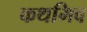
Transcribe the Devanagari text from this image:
कथमिव